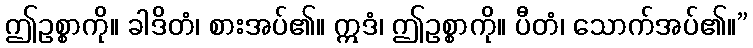
ဤဥစ္စာကို။ ခါဒိတံ၊ စားအပ်၏။ ဣဒံ၊ ဤဥစ္စာကို။ ပီတံ၊ သောက်အပ်၏။”